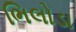
ભિલોડા